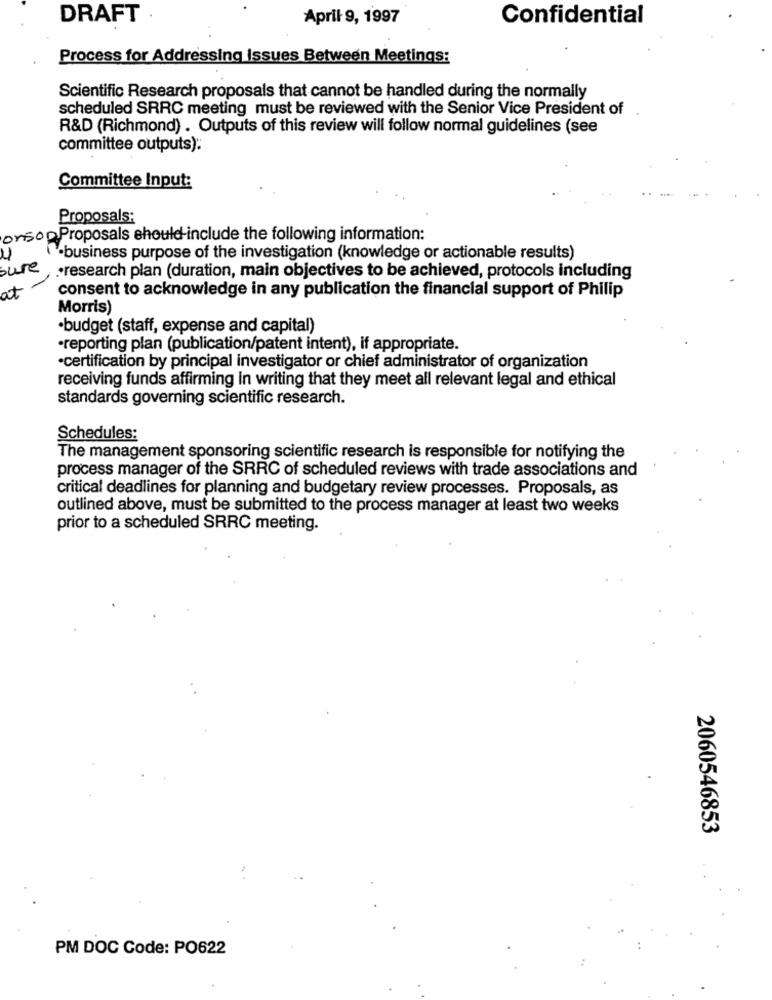
DRAFT ·
April 9, 1997
Confidential
Process for Addressing issues Between Meetings:
Scientific Research proposals that cannot be handled during the normally
scheduled SRRC meeting must be reviewed with the Senior Vice President of
R&D (Richmond) . Outputs of this review will follow normal guidelines (see
committee outputs).
Committee Input:
Proposals:
orson Proposals should-include the following information:
.business purpose of the investigation (knowledge or actionable results)
sure
·research plan (duration, main objectives to be achieved, protocols including
consent to acknowledge in any publication the financial support of Philip
at
Morris)
·budget (staff, expense and capital)
·reporting plan (publication/patent intent), if appropriate.
·certification by principal investigator or chief administrator of organization
receiving funds affirming in writing that they meet all relevant legal and ethical
standards governing scientific research.
Schedules:
The management sponsoring scientific research is responsible for notifying the
process manager of the SRRC of scheduled reviews with trade associations and
critical deadlines for planning and budgetary review processes. Proposals, as
outlined above, must be submitted to the process manager at least two weeks
prior to a scheduled SRRC meeting.
2060546853
PM DOC Code: PO622